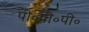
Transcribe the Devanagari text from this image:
पी॰पी॰पी॰